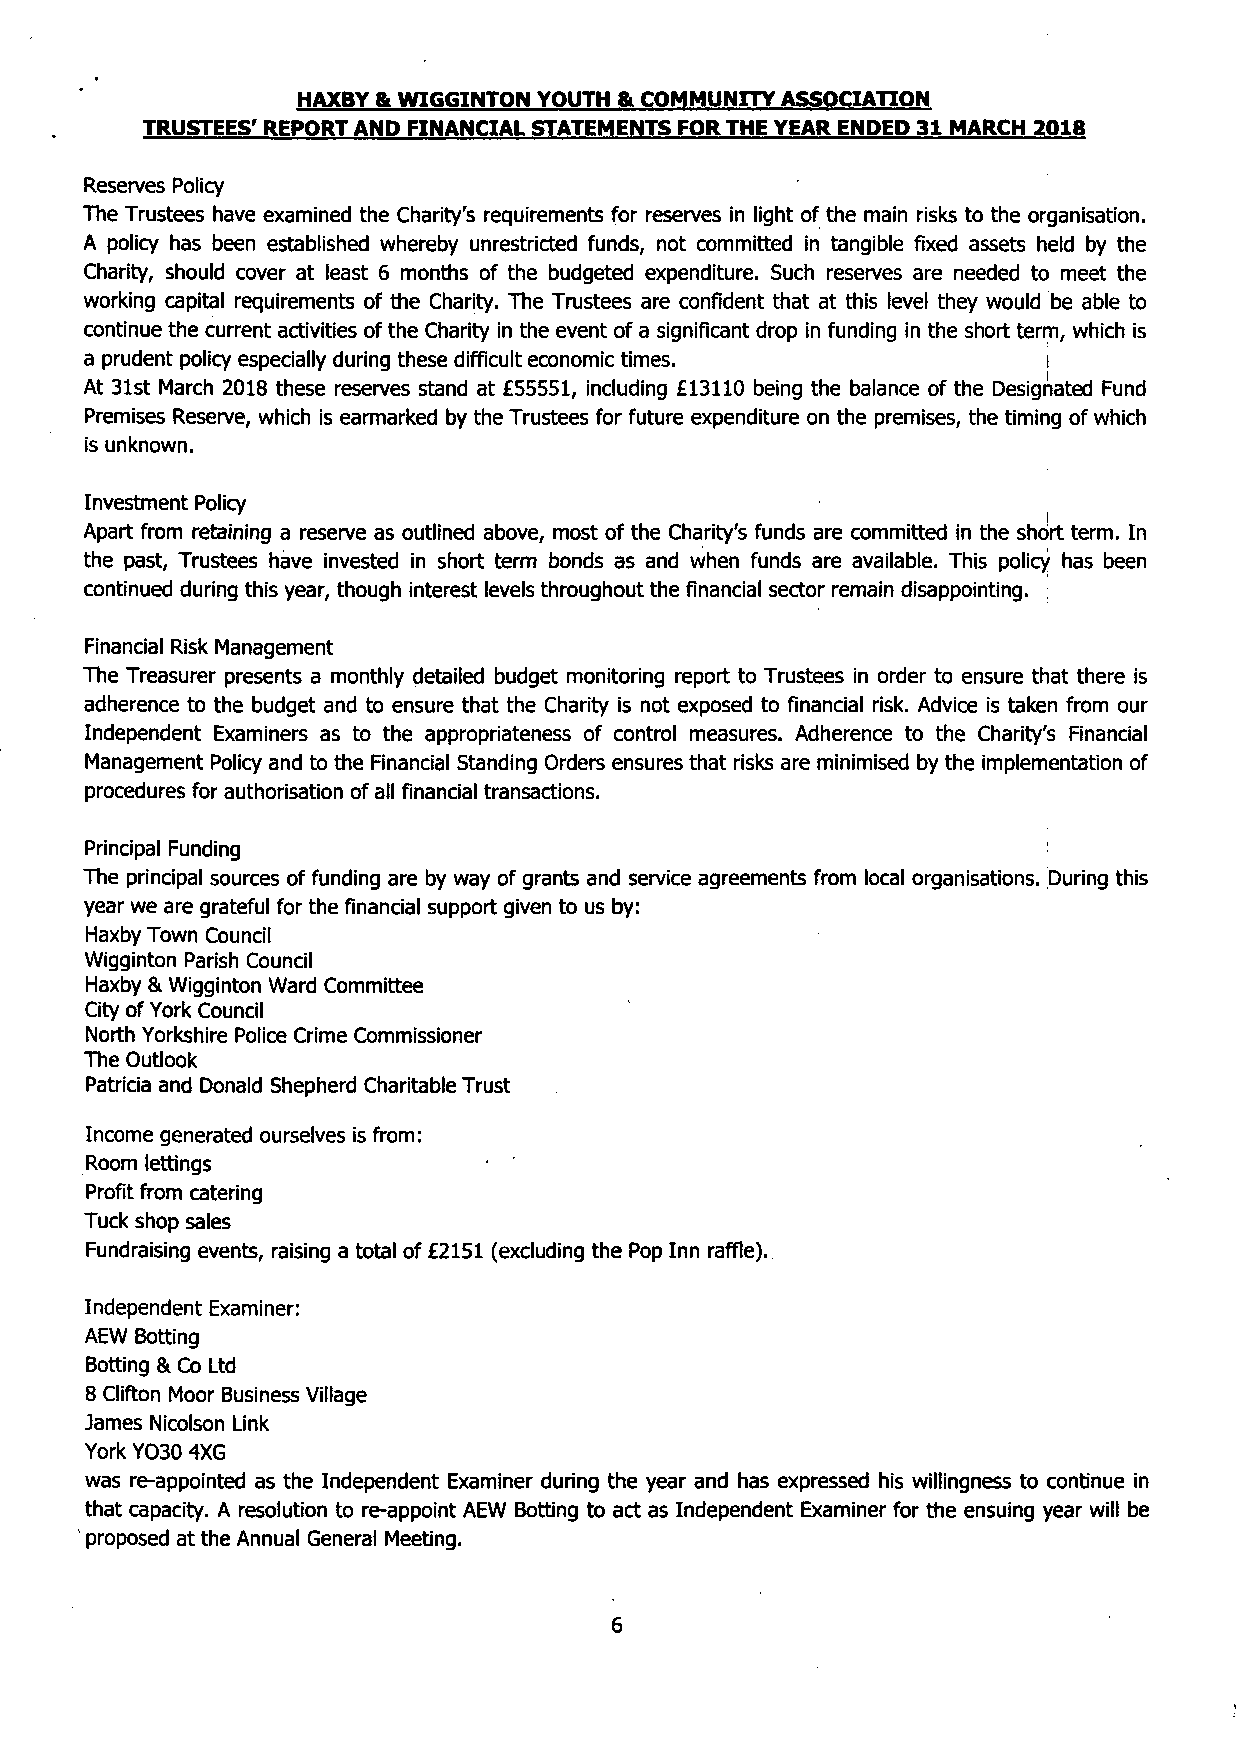
HAXBY & WIGGINTON YOUTH & COMMUNITY ASSOCIATION
 TRUSTEES' REPORT AND FINANCIAL STATEMENTS FOR THE YEAR ENDED 31 MARCH 2018
 Reserves Policy
 The Trustees have examined the Charity's requirements for reserves in light of the main risks to the organisation.
 A policy has been established whereby unrestricted funds, not committed in tangible fixed assets held by the
 Charity, should cover at least 6 months of the budgeted expenditure. Such reserves are needed to meet the
 working capital requirements of the Charity. The Trustees are confident that at this level they would be able to
 continue the current activities of the Charity in the event of a significant drop in funding in the short term, which is
 a prudent policy especially during these difficult economic times. !
 At 31st March 2018 these reserves stand at £55551, including £13110 being the balance of the Designated Fund
 Premises Reserve, which is earmarked by the Trustees for future expenditure on the premises, the timing of which
 is unknown.
 Investment Policy
 Apart from retaining a reserve as outlined above, most of the Charity's funds are committed in the short term. In
 the past, Trustees have invested in short term bonds as and when funds are available. This policy has been
 continued during this year, though interest levels throughout the financial sector remain disappointing. ;
 Financial Risk Management
 The Treasurer presents a monthly detailed budget monitoring report to Trustees in order to ensure that there is
 adherence to the budget and to ensure that the Charity is not exposed to financial risk. Advice is taken from our
 Independent Examiners as to the appropriateness of control measures. Adherence to the Charity's Financial
 Management Policy and to the Financial Standing Orders ensures that risks are minimised by the implementation of
 procedures for authorisation of all financial transactions.
 Principal Funding
 The principal sources of funding are by way of grants and service agreements from local organisations. During this
 year we are grateful for the financial support given to us by:
 Haxby Town Council
 Wigginton Parish Council
 Haxby & Wigginton Ward Committee
 City of York Council
 North Yorkshire Police Crime Commissioner
 The Outlook
 Patricia and Donald Shepherd Charitable Trust
 Income generated ourselves is from:
 Room lettings
 Profit from catering
 Tuck shop sales
 Fundraising events, raising a total of £2151 (excluding the Pop Inn raffle).
 Independent Examiner:
 AEW Botting
 Botting & Co Ltd
 8 Clifton Moor Business Village
 James Nicolson Link
 York YO30 4XG
 was re-appointed as the Independent Examiner during the year and has expressed his willingness to continue in
 that capacity. A resolution to re-appoint AEW Botting to act as Independent Examiner for the ensuing year will be
 1 proposed at the Annual General Meeting.
 6